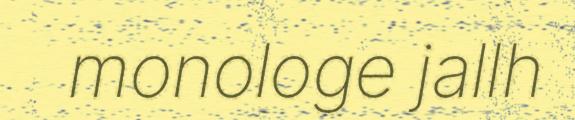
monologe jallh